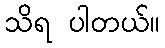
သိရ ပါတယ်။